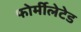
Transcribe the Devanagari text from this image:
फोर्मीलेटेड